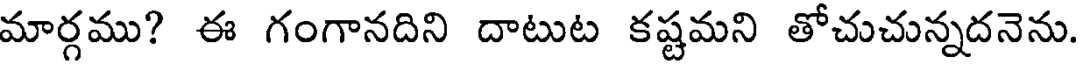
మార్గము? ఈ గంగానదిని దాటుట కష్టమని తోచుచున్నదనెను.